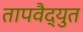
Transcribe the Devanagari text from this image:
तापवैद्युत